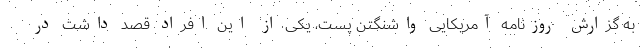
به گزارش روزنامه آمریکایی واشنگتن پست، یکی از این افراد قصد داشت در